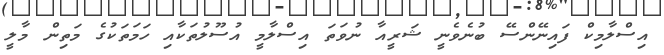
އިސްލާމިކް ފައިނޭންސޭ ބުނެވެނީ ޝަރީއާ ނުވަތަ އިސްލާމީ އުސޫލުތަކާއި ހަމަތަކުގެ މަތިން މާލީ